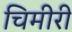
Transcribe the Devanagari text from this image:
चिमीरी